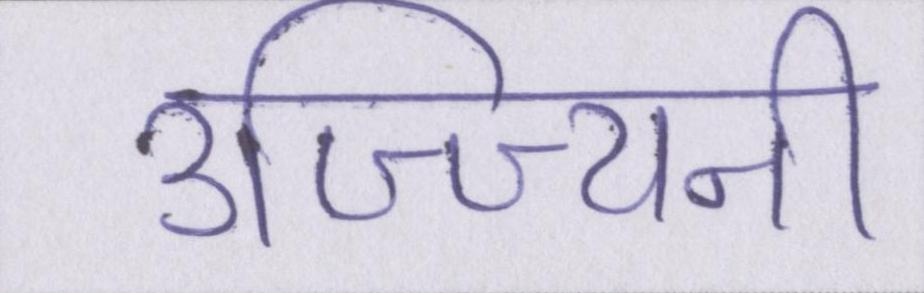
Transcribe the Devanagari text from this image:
उज्ज्यिनी